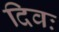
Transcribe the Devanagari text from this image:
दिवः